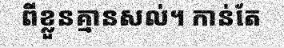
ពីខ្លួនគ្មានសល់។ កាន់តែ